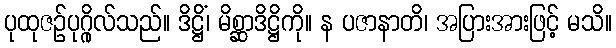
ပုထုဇဉ်ပုဂ္ဂိုလ်သည်။ ဒိဋ္ဌိံ၊ မိစ္ဆာဒိဋ္ဌိကို။ န ပဇာနာတိ၊ အပြားအားဖြင့် မသိ။